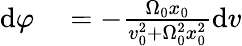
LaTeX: \begin{array}{rl}{\mathrm{d}\varphi}&{{}=-\frac{\Omega_{0}x_{0}}{v_{0}^{2}+\Omega_{0}^{2}x_{0}^{2}}\mathrm{d}v}\end{array}